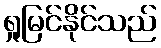
ရှုမြင်နိုင်သည်